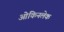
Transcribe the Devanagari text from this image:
ओकिनलेक